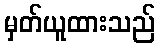
မှတ်ယူထားသည်